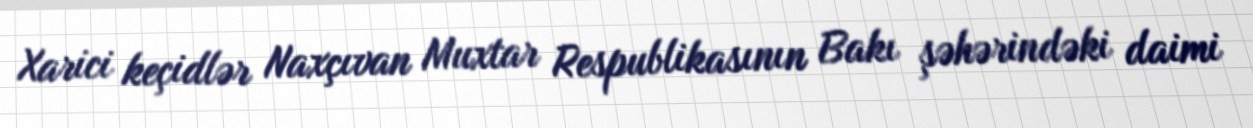
Xarici keçidlər Naxçıvan Muxtar Respublikasının Bakı şəhərindəki daimi